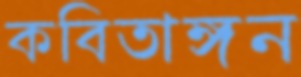
কবিতাঙ্গন